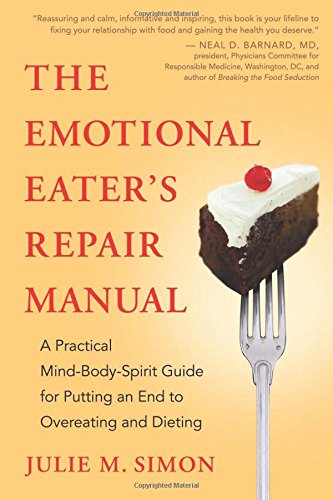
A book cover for The Emotional Eater's Repair Manual: A Practical Mind-Body-Spirit Guide for Putting an End to Overeating and Dieting; Julie M. Simon; Self-Help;